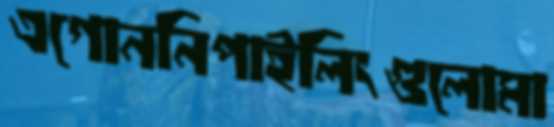
এগোননিপাইলিংগুলোমা